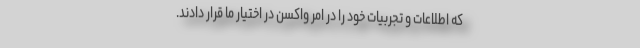
که اطلاعات و تجربیات خود را در امر واکسن در اختیار ما قرار دادند.